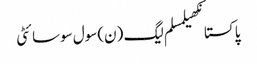
پاکستانکھیلمسلم لیگ (ن)سول سوسائٹی